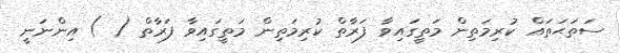
ސަތަޙަތައް ކުރިމަތިން މަތީގައިވާ ފަރާތް ކުރިމަތިން މަތީގައިވާ ފަރާތް ( ) އިންނަނީ